Indian journal of veterinary science and animal husbandry - Volumes 22-23, 1952-1953
Year: 1952
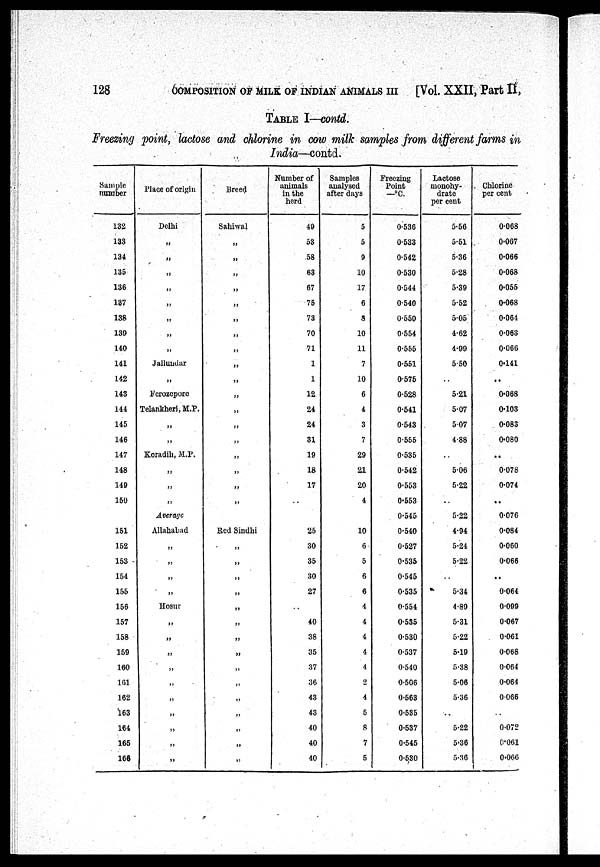
128
COMPOSITION OF MILK OF INDIAN ANIMALS III [Vol. XXII, Part II,
TABLE I—contd.
Freezing point, lactose and chlorine in cow milk samples from different farms in
India—contd.
Sample
number
132
133
134
135
136
137
138
139
140
141
142
143
144
145
146
147
148
149
150
151
152
153
154
155
156
157
158
159
160
161
162
163
164
165
166
Place of origin
Delhi
„
„
„
„
„
„
„
„
Jallundar
„
Ferozepore
Telankheri, M.P.
„
„
Koradih, M.P.
„
„
„
Average
Allahabad
„
„
„
„
Hosur
„
„
„
„
„
„
„
„
„
„
Breed
Sahiwal
„
„
„
„
„
„
„
„
„
„
„
„
„
„
„
„
Red Sindhi
„
„
„
„
„
„
„
„
„
„
„
„
„
„
„
Number of
animals
in the
herd
49
53
58
63
67
75
73
70
71
1
1
12
24
24
31
19
18
17
..
25
30
35
30
27
..
40
38
35
37
36
43
43
40
40
40
Samples
analysed
after days
5
5
9
10
17
6
8
10
11
7
10
6
4
3
7
29
21
20
4
10
6
5
6
6
4
4
4
4
4
2
4
5
8
7
5
Freezing
Point
—°C.
0.536
0.533
0.542
0.530
0.544
0.540
0.550
0.554
0.555
0.551
0.575
0.528
0.541
0.543
0.555
0.535
0.542
0.553
0.553
0.545
0.540
0.527
0.535
0.545
0.535
0.554
0.535
0.530
0.537
0.540
0.506
0.563
0.535
0.537
0.545
0.530
Lactose
monohy-
drate
per cent
5.56
5.51
5.36
5.28
5.39
5.52
5.05
4.62
4.99
5.50
..
5.21
5.07
507
4.88
5.06
5.22
..
5.22
4.94
5.24
5.22
..
5.34
4.89
5.31
5.22
5.19
5.38
5.06
5.36
..
5.22
5.36
5.36
Chlorine
per cent
0.068
0.067
0.066
0.068
0.055
0.068
0.064
0.063
0.066
0.141
..
0.068
0.103
0.083
0.080
..
0.078
0.074
..
0.076
0.084
0.060
0.066
..
0.064
0.099
0.067
0.061
0.068
0.064
0.064
0.066
..
0.072
0.061
0.066